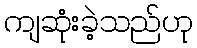
ကျဆုံးခဲ့သည်ဟု